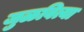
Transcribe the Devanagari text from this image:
जुळवित्या